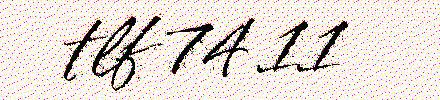
tlf 74 11